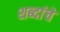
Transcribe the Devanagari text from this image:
शब्दांंचे